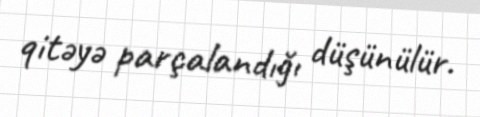
qitəyə parçalandığı düşünülür.